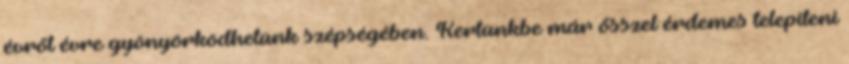
évről évre gyönyörködhetünk szépségében. Kertünkbe már ősszel érdemes telepíteni